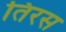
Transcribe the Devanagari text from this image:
तिरस